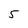
Character: 5